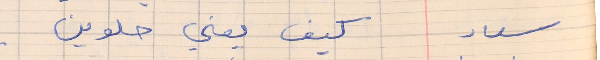
سعاد       كيف يعني حلوين